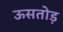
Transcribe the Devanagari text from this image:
ऊसतोड़